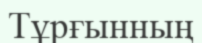
Тұрғынның